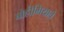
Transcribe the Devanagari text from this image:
बोहीमियाचे